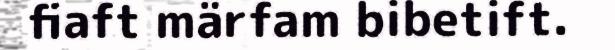
fiaft märfam bibetift.